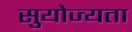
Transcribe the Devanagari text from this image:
सुयोज्यता